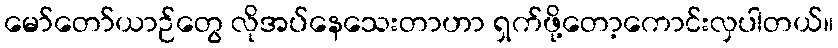
မော်တော်ယာဉ်တွေ လိုအပ်နေသေးတာဟာ ရှက်ဖို့တော့ကောင်းလှပါတယ်။